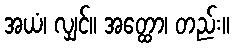
အယံ၊ လျှင်။ အတ္ထော၊ တည်း။